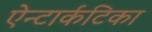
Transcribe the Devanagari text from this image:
ऐन्टार्कटिका